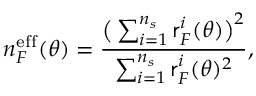
n _ { F } ^ { \mathrm { e f f } } ( \theta ) = \frac { \big ( \sum _ { i = 1 } ^ { n _ { s } } \mathsf { r } _ { F } ^ { i } ( \theta ) \big ) ^ { 2 } } { \sum _ { i = 1 } ^ { n _ { s } } \mathsf { r } _ { F } ^ { i } ( \theta ) ^ { 2 } } ,